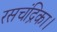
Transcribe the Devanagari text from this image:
रसचंद्रिका।